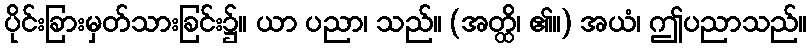
ပိုင်းခြားမှတ်သားခြင်း၌။ ယာ ပညာ၊ သည်။ (အတ္ထိ၊ ၏။) အယံ၊ ဤပညာသည်။